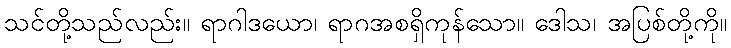
သင်တို့သည်လည်း။ ရာဂါဒယော၊ ရာဂအစရှိကုန်သော။ ဒေါသ၊ အပြစ်တို့ကို။